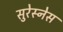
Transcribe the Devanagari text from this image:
सुरेस्नेस